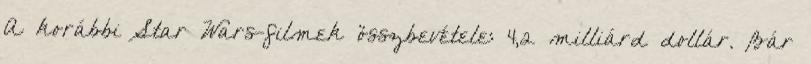
A korábbi Star Wars-filmek összbevétele: 4,2 milliárd dollár. Bár